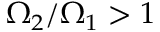
\Omega _ { 2 } / \Omega _ { 1 } > 1